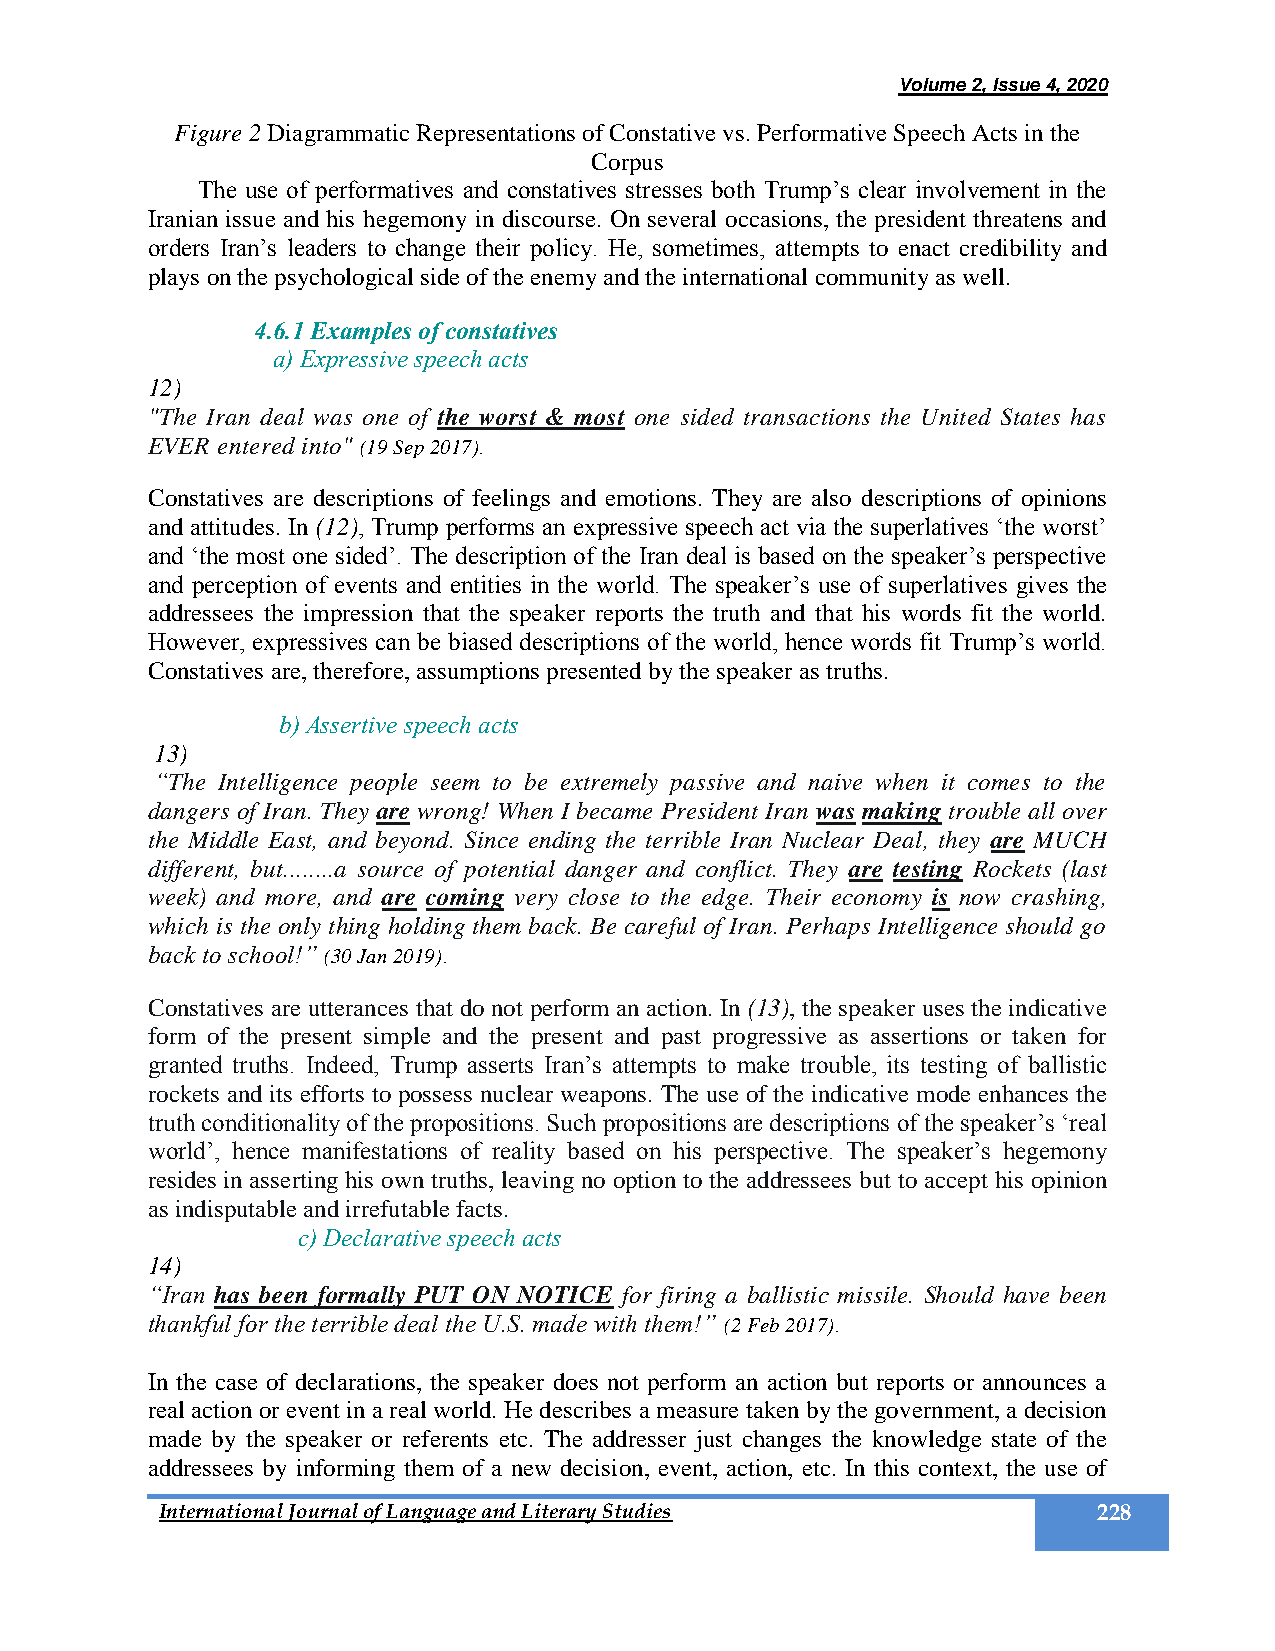
Volume 2, Issue 4, 2020
 Figure 2 Diagrammatic Representations of Constative vs. Performative Speech Acts in the
 Corpus
 The use of performatives and constatives stresses both Trump’s clear involvement in the
 Iranian issue and his hegemony in discourse. On several occasions, the president threatens and
 orders Iran’s leaders to change their policy. He, sometimes, attempts to enact credibility and
 plays on the psychological side of the enemy and the international community as well.
 4.6.1 Examples of constatives
 a) Expressive speech acts
 12)
 "The Iran deal was one of the worst & most one sided transactions the United States has
 EVER entered into" (19 Sep 2017).
 Constatives are descriptions of feelings and emotions. They are also descriptions of opinions
 and attitudes. In (12), Trump performs an expressive speech act via the superlatives ‘the worst’
 and ‘the most one sided’. The description of the Iran deal is based on the speaker’s perspective
 and perception of events and entities in the world. The speaker’s use of superlatives gives the
 addressees the impression that the speaker reports the truth and that his words fit the world.
 However, expressives can be biased descriptions of the world, hence words fit Trump’s world.
 Constatives are, therefore, assumptions presented by the speaker as truths.
 b) Assertive speech acts
 13)
 “The Intelligence people seem to be extremely passive and naive when it comes to the
 dangers of Iran. They are wrong! When I became President Iran was making trouble all over
 the Middle East, and beyond. Since ending the terrible Iran Nuclear Deal, they are MUCH
 different, but........a source of potential danger and conflict. They are testing Rockets (last
 week) and more, and are coming very close to the edge. Their economy is now crashing,
 which is the only thing holding them back. Be careful of Iran. Perhaps Intelligence should go
 back to school!” (30 Jan 2019).
 Constatives are utterances that do not perform an action. In (13), the speaker uses the indicative
 form of the present simple and the present and past progressive as assertions or taken for
 granted truths. Indeed, Trump asserts Iran’s attempts to make trouble, its testing of ballistic
 rockets and its efforts to possess nuclear weapons. The use of the indicative mode enhances the
 truth conditionality of the propositions. Such propositions are descriptions of the speaker’s ‘real
 world’, hence manifestations of reality based on his perspective. The speaker’s hegemony
 resides in asserting his own truths, leaving no option to the addressees but to accept his opinion
 as indisputable and irrefutable facts.
 c) Declarative speech acts
 14)
 “Iran has been formally PUT ON NOTICE for firing a ballistic missile. Should have been
 thankful for the terrible deal the U.S. made with them!” (2 Feb 2017).
 In the case of declarations, the speaker does not perform an action but reports or announces a
 real action or event in a real world. He describes a measure taken by the government, a decision
 made by the speaker or referents etc. The addresser just changes the knowledge state of the
 addressees by informing them of a new decision, event, action, etc. In this context, the use of
 International Journal of Language and Literary Studies        228